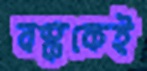
বস্ককেই